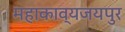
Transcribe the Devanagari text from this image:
महाकाव्यजयपुर